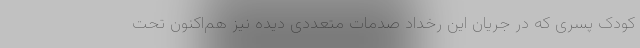
کودک پسری که در جریان این رخداد صدمات متعددی دیده نیز هم‌اکنون تحت